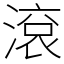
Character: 滾